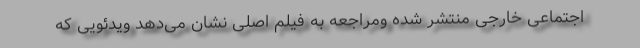
اجتماعی خارجی منتشر شده ومراجعه به فیلم اصلی نشان می‌دهد ویدئویی که